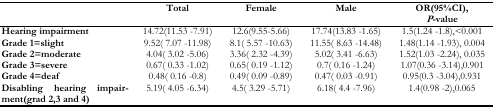
|  | Total | Female | Male | OR(95%CI), P-value |
 | --- | --- | --- | --- | --- |
 | Hearing impairment | 14.72(11.53−7.91) | 12.6(9.55−5.66) | 17.74(13.83−1.65) | 1.5(1.24–1.8), <0.001 |
 | Grade 1=slight | 9.52(7.07–11.98) | 8.1(5.57–10.63) | 11.55(8.63–14.48) | 1.48(1.14–1.93), 0.004 |
 | Grade 2=moderate | 4.04(3.02–5.06) | 3.36(2.32–4.39) | 5.02(3.41–6.63) | 1.52(1.03–2.24), 0.035 |
 | Grade 3=severe | 0.67(0.33–1.02) | 0.65(0.19–1.12) | 0.7(0.16–1.24) | 1.07(0.36–3.14), 0.901 |
 | Grade 4=deaf | 0.48(0.16–0.8) | 0.49(0.09–0.89) | 0.47(0.03–0.91) | 0.95(0.3–3.04), 0.931 |
 | Disabling hearing impairment (grad 2, 3 and 4) | 5.19(4.05–6.34) | 4.5(3.29–5.71) | 6.18(4.4–7.96) | 1.4(0.98–2), 0.065 |